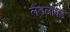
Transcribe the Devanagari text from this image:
लैंडलॉक्ड